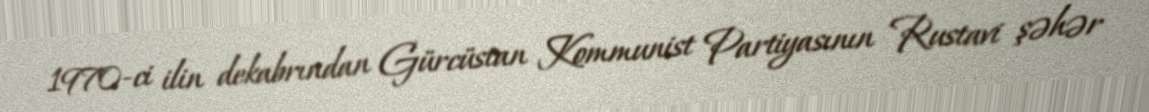
1970-ci ilin dekabrından Gürcüstan Kommunist Partiyasının Rustavi şəhər